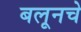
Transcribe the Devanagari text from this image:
बलूनचे